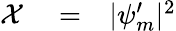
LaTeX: \begin{array}{rlr}{\mathcal{X}}&{{}=}&{|\psi_{m}^{\prime}|^{2}}\end{array}